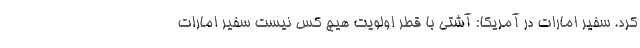
کرد. سفیر امارات در آمریکا: آشتی با قطر اولویت هیچ کس نیست سفیر امارات